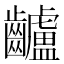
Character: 𪙾